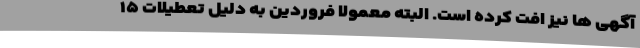
آگهی ها نیز افت کرده است. البته معمولا فروردین به دلیل تعطیلات ۱۵